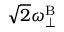
\sqrt { 2 } \omega _ { \perp } ^ { \mathrm { B } }